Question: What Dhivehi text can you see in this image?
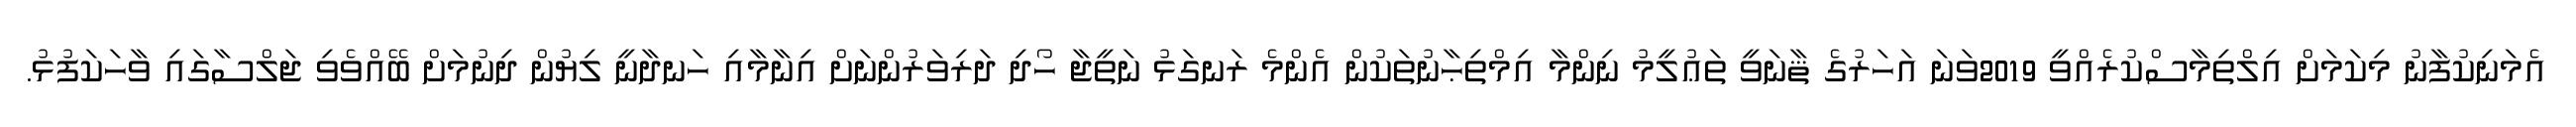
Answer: އެމަނިކުފާނު މިކަމަށް އިލްތިމާސްކުރެއްވީ 2019ވަނަ އަހަރުގެ ޘާނަވީ ތަޢުލީމު ނިންމާ އިމްތިޙާނުތަކުން އެންމެ ރަނގަޅު ނަތީޖާ ހޯދި ދަރިވަރުންނަށް އިނާމާއި ހަނދާނީ ލިޔުން ދިނުމަށް ބޭއްވެވި ޖަލްސާގައި ވާހަކަފުޅު.